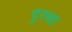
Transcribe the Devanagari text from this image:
युगका